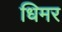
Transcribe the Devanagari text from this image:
धिमर